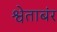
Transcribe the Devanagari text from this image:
श्वेताबंर